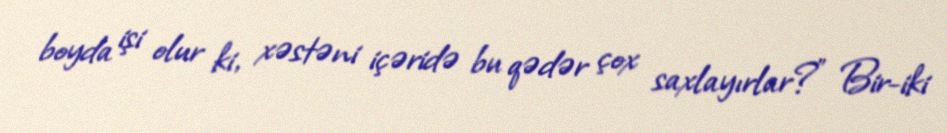
boyda işi olur ki, xəstəni içəridə bu qədər çox saxlayırlar?” Bir-iki